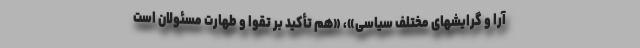
آرا و گرایشهای مختلف سیاسی»، «هم تأکید بر تقوا و طهارت مسئولان است